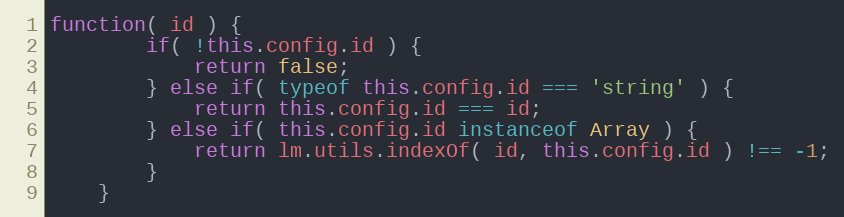
Language: JavaScript
function( id ) {
		if( !this.config.id ) {
			return false;
		} else if( typeof this.config.id === 'string' ) {
			return this.config.id === id;
		} else if( this.config.id instanceof Array ) {
			return lm.utils.indexOf( id, this.config.id ) !== -1;
		}
	}